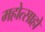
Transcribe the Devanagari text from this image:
महोत्साहो